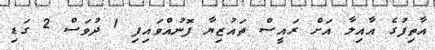
އާތިފުގެ އާއިލާ އަށް ރައީސް ތައުޒިޔާ ފޮނުއްވައިފި 1 ދުވަސް 2 ގަޑި